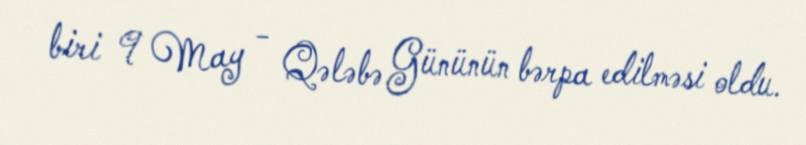
biri 9 May - Qələbə Gününün bərpa edilməsi oldu.